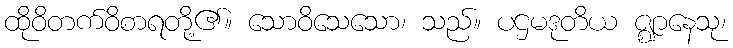
ထိုဝိတက်ဝိစာရတို့၏။ သောဝိသေသော၊ သည်။ ပဌမဒုတိယ ဇ္ဈာနေသု၊